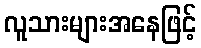
လူသားများအနေဖြင့်